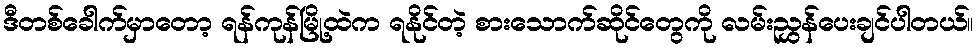
ဒီတစ်ခေါက်မှာတော့ ရန်ကုန်မြို့ထဲက ရနိုင်တဲ့ စားသောက်ဆိုင်တွေကို လမ်းညွှန်ပေးချင်ပါတယ်။